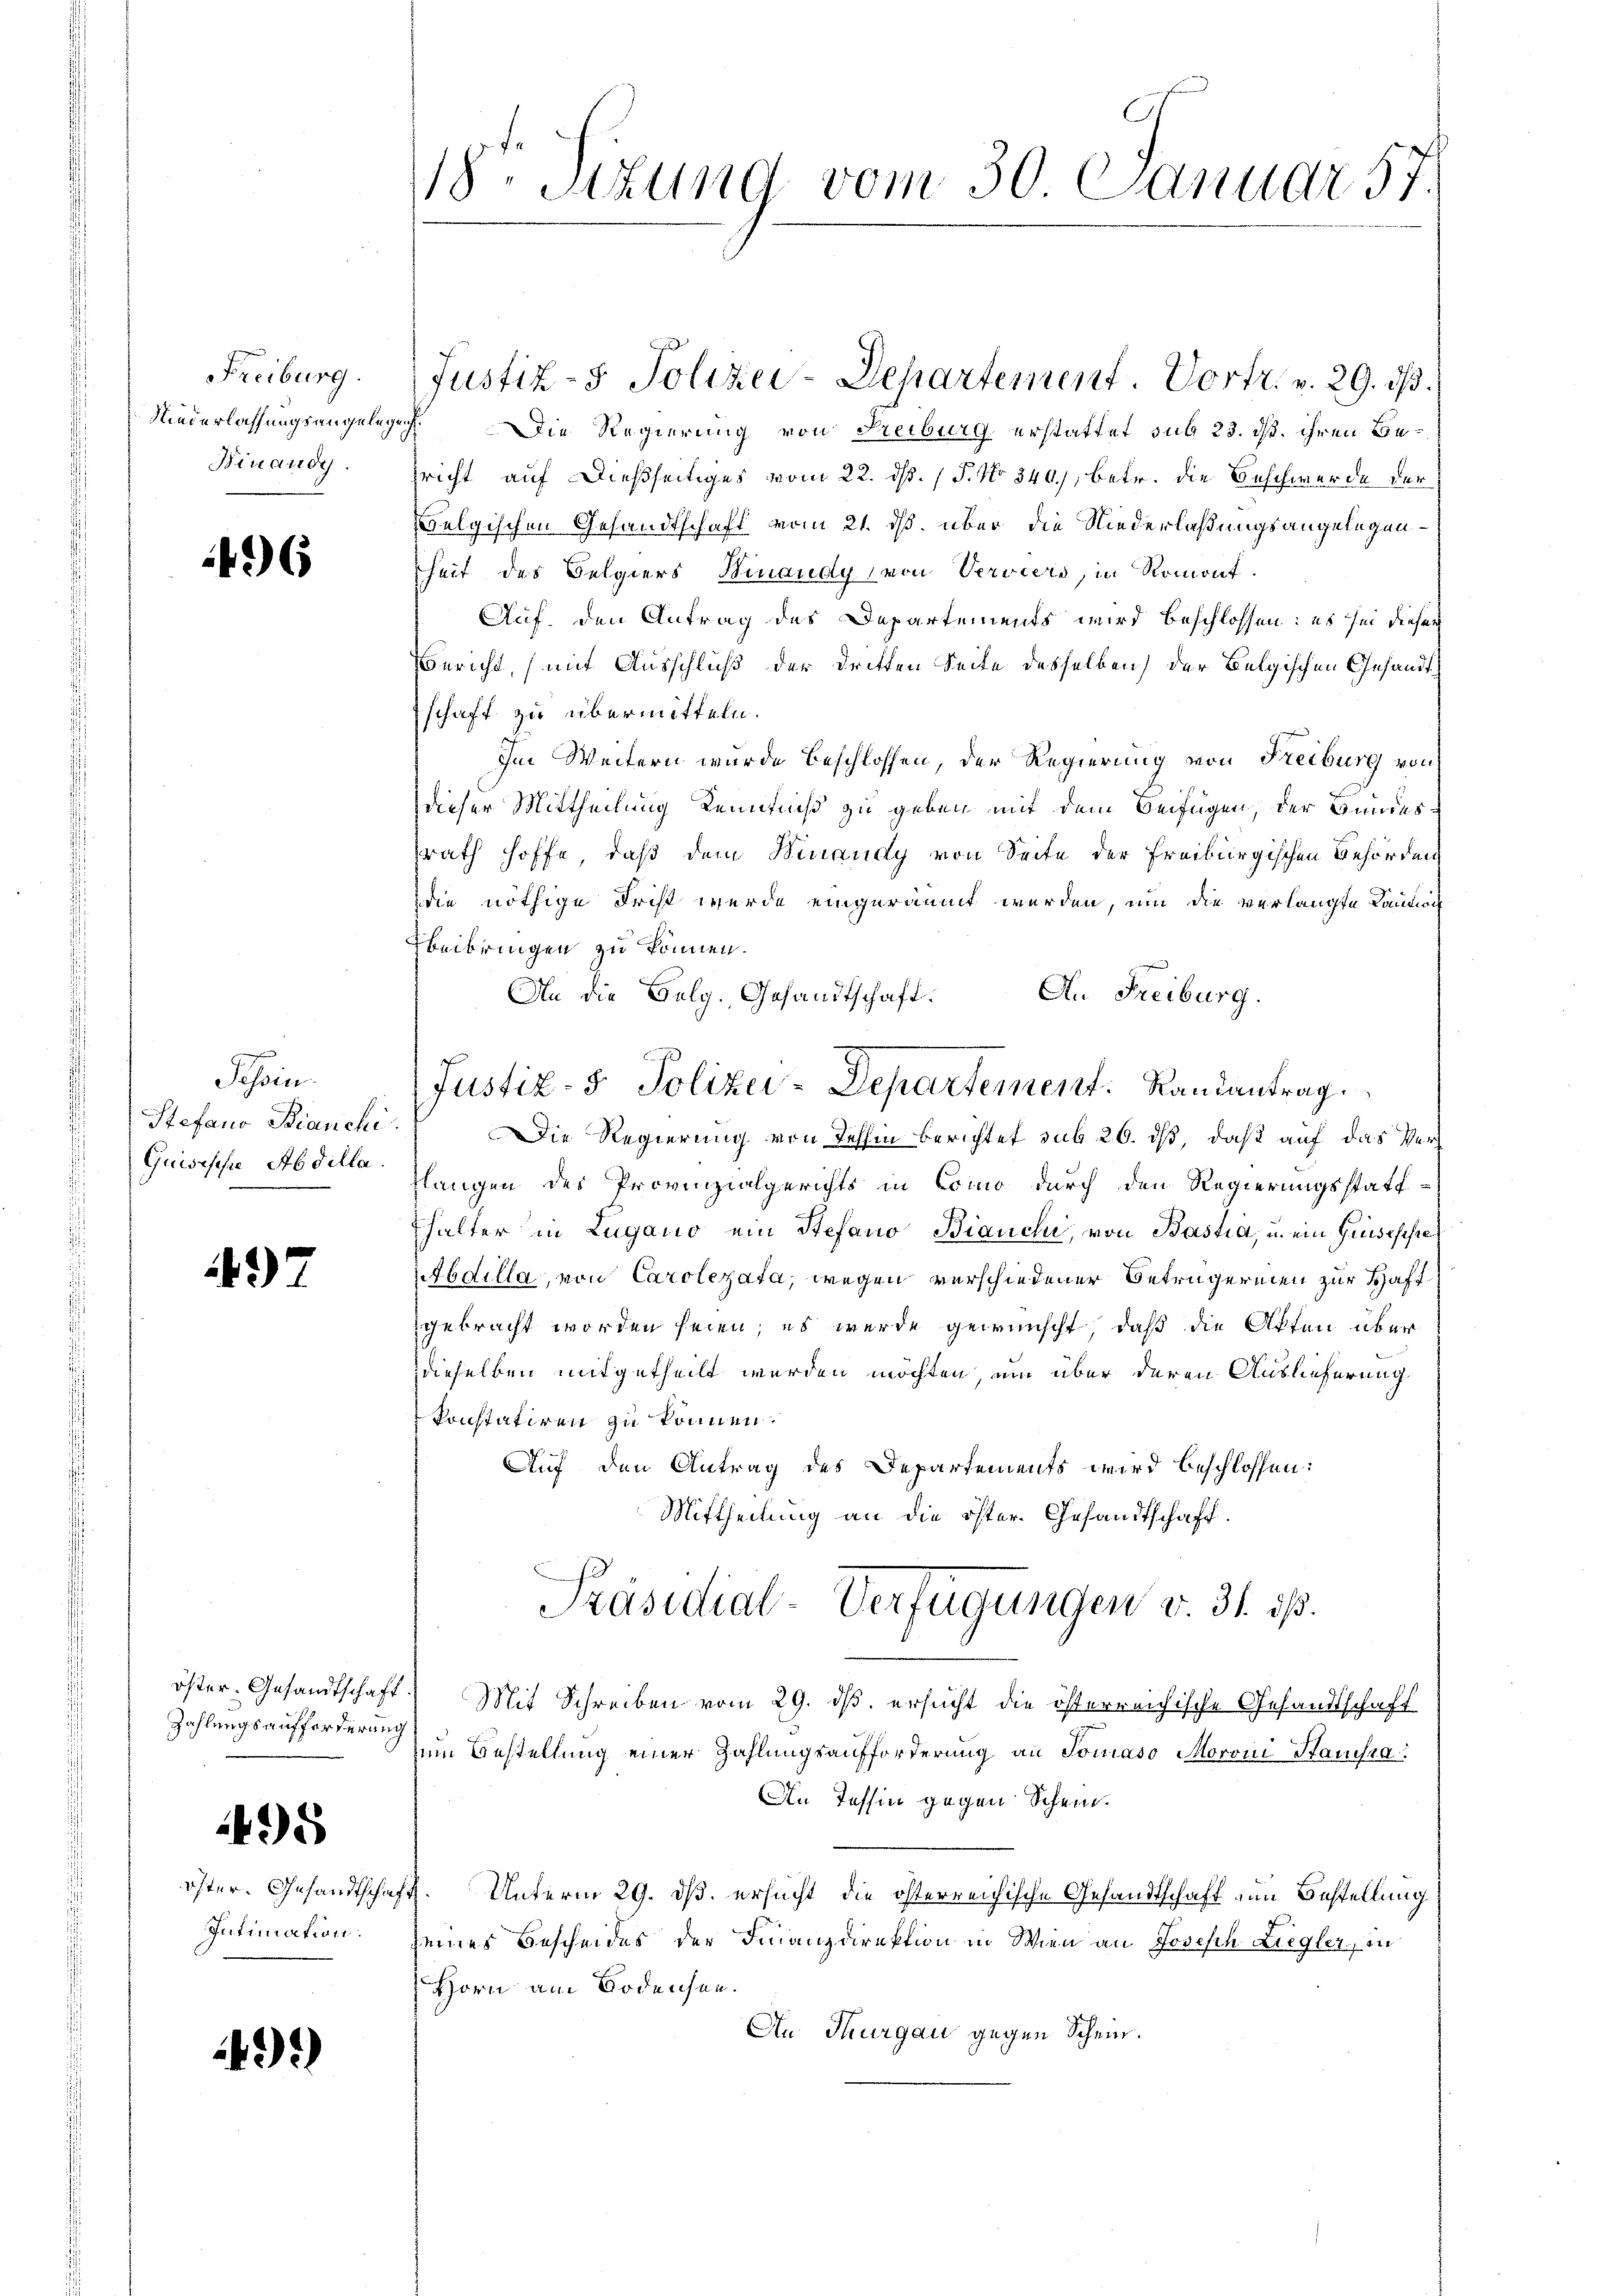
Freiburg.
Niederlassungsangeleg
Binaudy.

46

Tessin.
Stefano Bianchi
Guisische Abdilla

497

öster. Gesandtschaft
Zahlungsaufforderung

495

öster. Gesandtscha
Intimation:

43)

18. Sitzung vom 30. Januar 57.

Justiz- & Polizei-Departement. Vortr. v. 29. ds.
Die Regierung von Freiburg erstattet sub 23. ds. ihren Bepricht auf dießseitiges vom 22. ds. (T. No 340, betr. die Beschwerde der
belgischen Gesandtschaft vom 21. ds. über die Niederlaßungsangelegenheit des Belgiers Binaudy von Verviers, in Romont.
Auf, den Antrag des Departements wird beschlossen: es sei dieser
Bericht, mit Ausschluß der dritten Seite desselben) der Belgischen Gesandtschaft zu übermitteln.
Im Weitern wurde beschlossen, der Regierung von Freiburg von
dieser Mittheilung Kenntniß zu geben mit dem Beifügen, der Bundesrath hoffe, daß dem Hinaudy von Seite der Freiburgischen Behörden
die nöthige Frist wurde eingeräumt werden, um die verlangte Laudien
Beibringen zu können.
An Freiburg.
An die Belg. Gesandtschaft.
Die Regierung von Jehhin berichtet sub 26. ds, daß auf das Verlangen des Provinzialgerichts in Como durch den Regierungsstatt-
fhalter in Lugano ein Stefano Bianchi, von Bastia, u. ein Grisesse
bdilla, von Carolerata, wegen verschiedener Betrügereien zur Haft
gebracht worden seien; es wurde gewünscht, daß die Akten über
dieselben mitgetheilt werden möchten, um über deren Auslieferung
konstatiren zu können.
Auf den Antrag des Departements wird beschlossen:
Mittheilung an die öster Gesandtschaft.
Präsidial-Verfügungen v. 31. ds.
) Mit Schreiben vom 29. ds. ersucht die österreichische Gesandtschaft
zum Bestellung einer Zahlungsaufforderung an Tomaso Moron Hausra
An Tessin gegen Schein.
. Unterm 29. ds. ersucht die österreichische Gesandtschaft um Bestellung
seines Bescheides der Finanzdirektion in Wien an Joseph Liegler, in
Horn am Bodensen.
An Thurgau gegen Schein.

Justiz- & Polizei-Departement. Randantrag